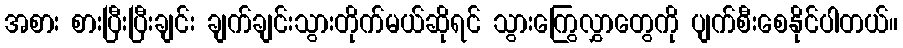
အစား စားပြီးပြီးချင်း ချက်ချင်းသွားတိုက်မယ်ဆိုရင် သွားကြွေလွှာတွေကို ပျက်စီးစေနိုင်ပါတယ်။